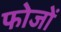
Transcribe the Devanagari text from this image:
फोजों